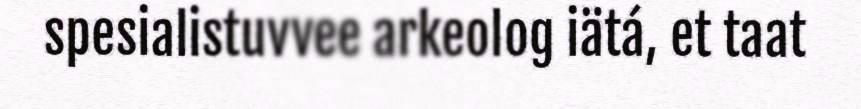
spesialistuvvee arkeolog iätá, et taat